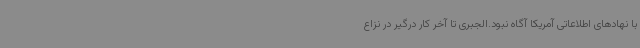
با نهادهای اطلاعاتی آمریکا آگاه نبود.الجبری تا آخر کار درگیر در نزاع